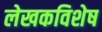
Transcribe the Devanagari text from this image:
लेखकविशेष